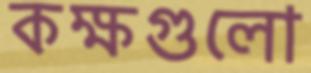
কক্ষগুলো